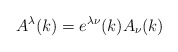
\begin{align*}A^\lambda (k)=e^{\lambda \nu }(k)A_\nu (k)\end{align*}